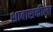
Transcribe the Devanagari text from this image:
शाबासकीला